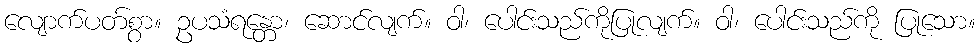
လျောက်ပတ်စွာ။ ဥပသံရန္တော၊ ဆောင်လျက်။ ဝါ၊ ပေါင်းသည်ကိုပြုလျက်။ ဝါ၊ ပေါင်းသည်ကို ပြုသော။